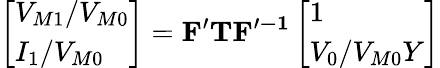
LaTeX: \left[\begin{array}{l}{V_{M1}/V_{M0}}\\ {I_{1}/V_{M0}}\end{array}\right]=\mathbf{F^{\prime}}\mathbf{T}\mathbf{F^{\prime-1}}\left[\begin{array}{l}{1}\\ {V_{0}/V_{M0}Y}\end{array}\right]